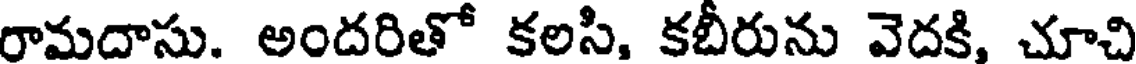
రామదాసు. అందరితో కలసి, కబీరును వెదకి, చూచి